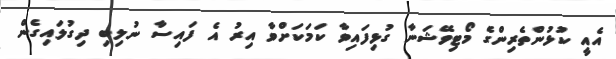
އެއީ ކުޅުންތެރިންގެ މޯޓިވޭޝަނާ ގުޅިފައިވާ ކަމަކަށްވާ އިރު އެ ފައިސާ ނުލިބި ދިގުލައިގެން